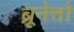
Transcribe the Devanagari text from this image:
ब्रूनेत्तो